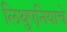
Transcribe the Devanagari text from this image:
लिथुएनियाचे